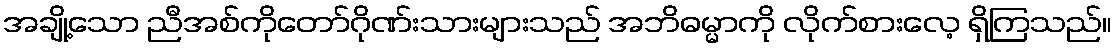
အချို့သော ညီအစ်ကိုတော်ဂိုဏ်းသားများသည် အဘိဓမ္မာကို လိုက်စားလေ့ ရှိကြသည်။